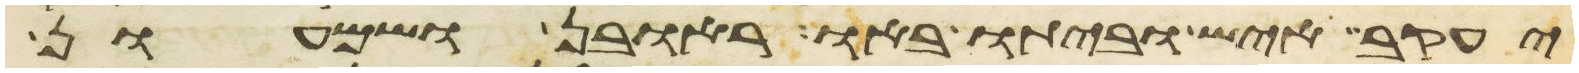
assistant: יעקב איש וביתו באו ראובן ושמעון